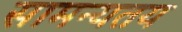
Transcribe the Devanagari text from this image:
सामन्यतय